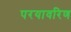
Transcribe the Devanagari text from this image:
परयावरिण